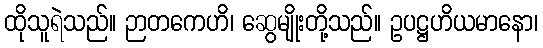
ထိုသူရဲသည်။ ဉာတကေဟိ၊ ဆွေမျိုးတို့သည်။ ဥပဋ္ဌဟိယမာနော၊